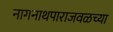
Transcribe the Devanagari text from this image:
नागनाथपाराजवळच्या